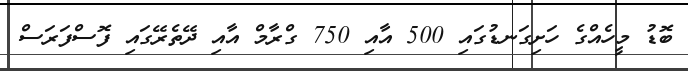
ބޮޑު މީހެއްގެ ހަށިގަނޑުގައި 500 އާއި 750 ގްރާމް އާއި ދޭތެރޭގައި ފޮސްފަރަސް